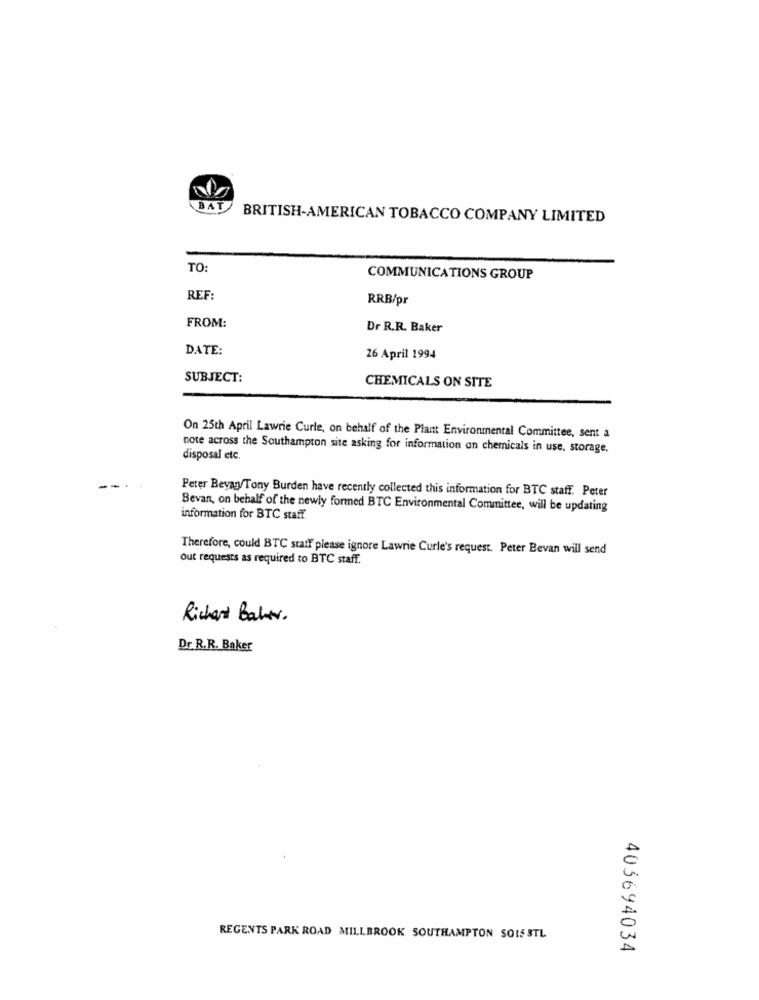
BAT
BRITISH-AMERICAN TOBACCO COMPANY LIMITED
TO:
COMMUNICATIONS GROUP
REF:
RRB/pr
FROM:
Dr R.R. Baker
DATE:
26 April 1994
SUBJECT:
CHEMICALS ON SITE
On 25th April Lawrie Curle, on behalf of the Plant Environmental Committee, sent a
note across the Southampton site asking for information on chemicals in use, storage.
disposal etc.
Peter Beyany/Tony Burden have recently collected this information for BTC staff. Peter
Bevan, on behalf of the newly formed BTC Environmental Committee, will be updating
information for BTC staff.
Therefore, could BTC staff please ignore Lawrie Curle's request. Peter Bevan will send
out requests as required to BTC staff.
Richard Bahar.
Dr. R.R. Baker
REGENTS PARK ROAD MILLBROOK SOUTHAMPTON SOIS STL
403694034